65_HS1-834228961_62-HQ-83894_Section_9
Agency: FBI
Page 146
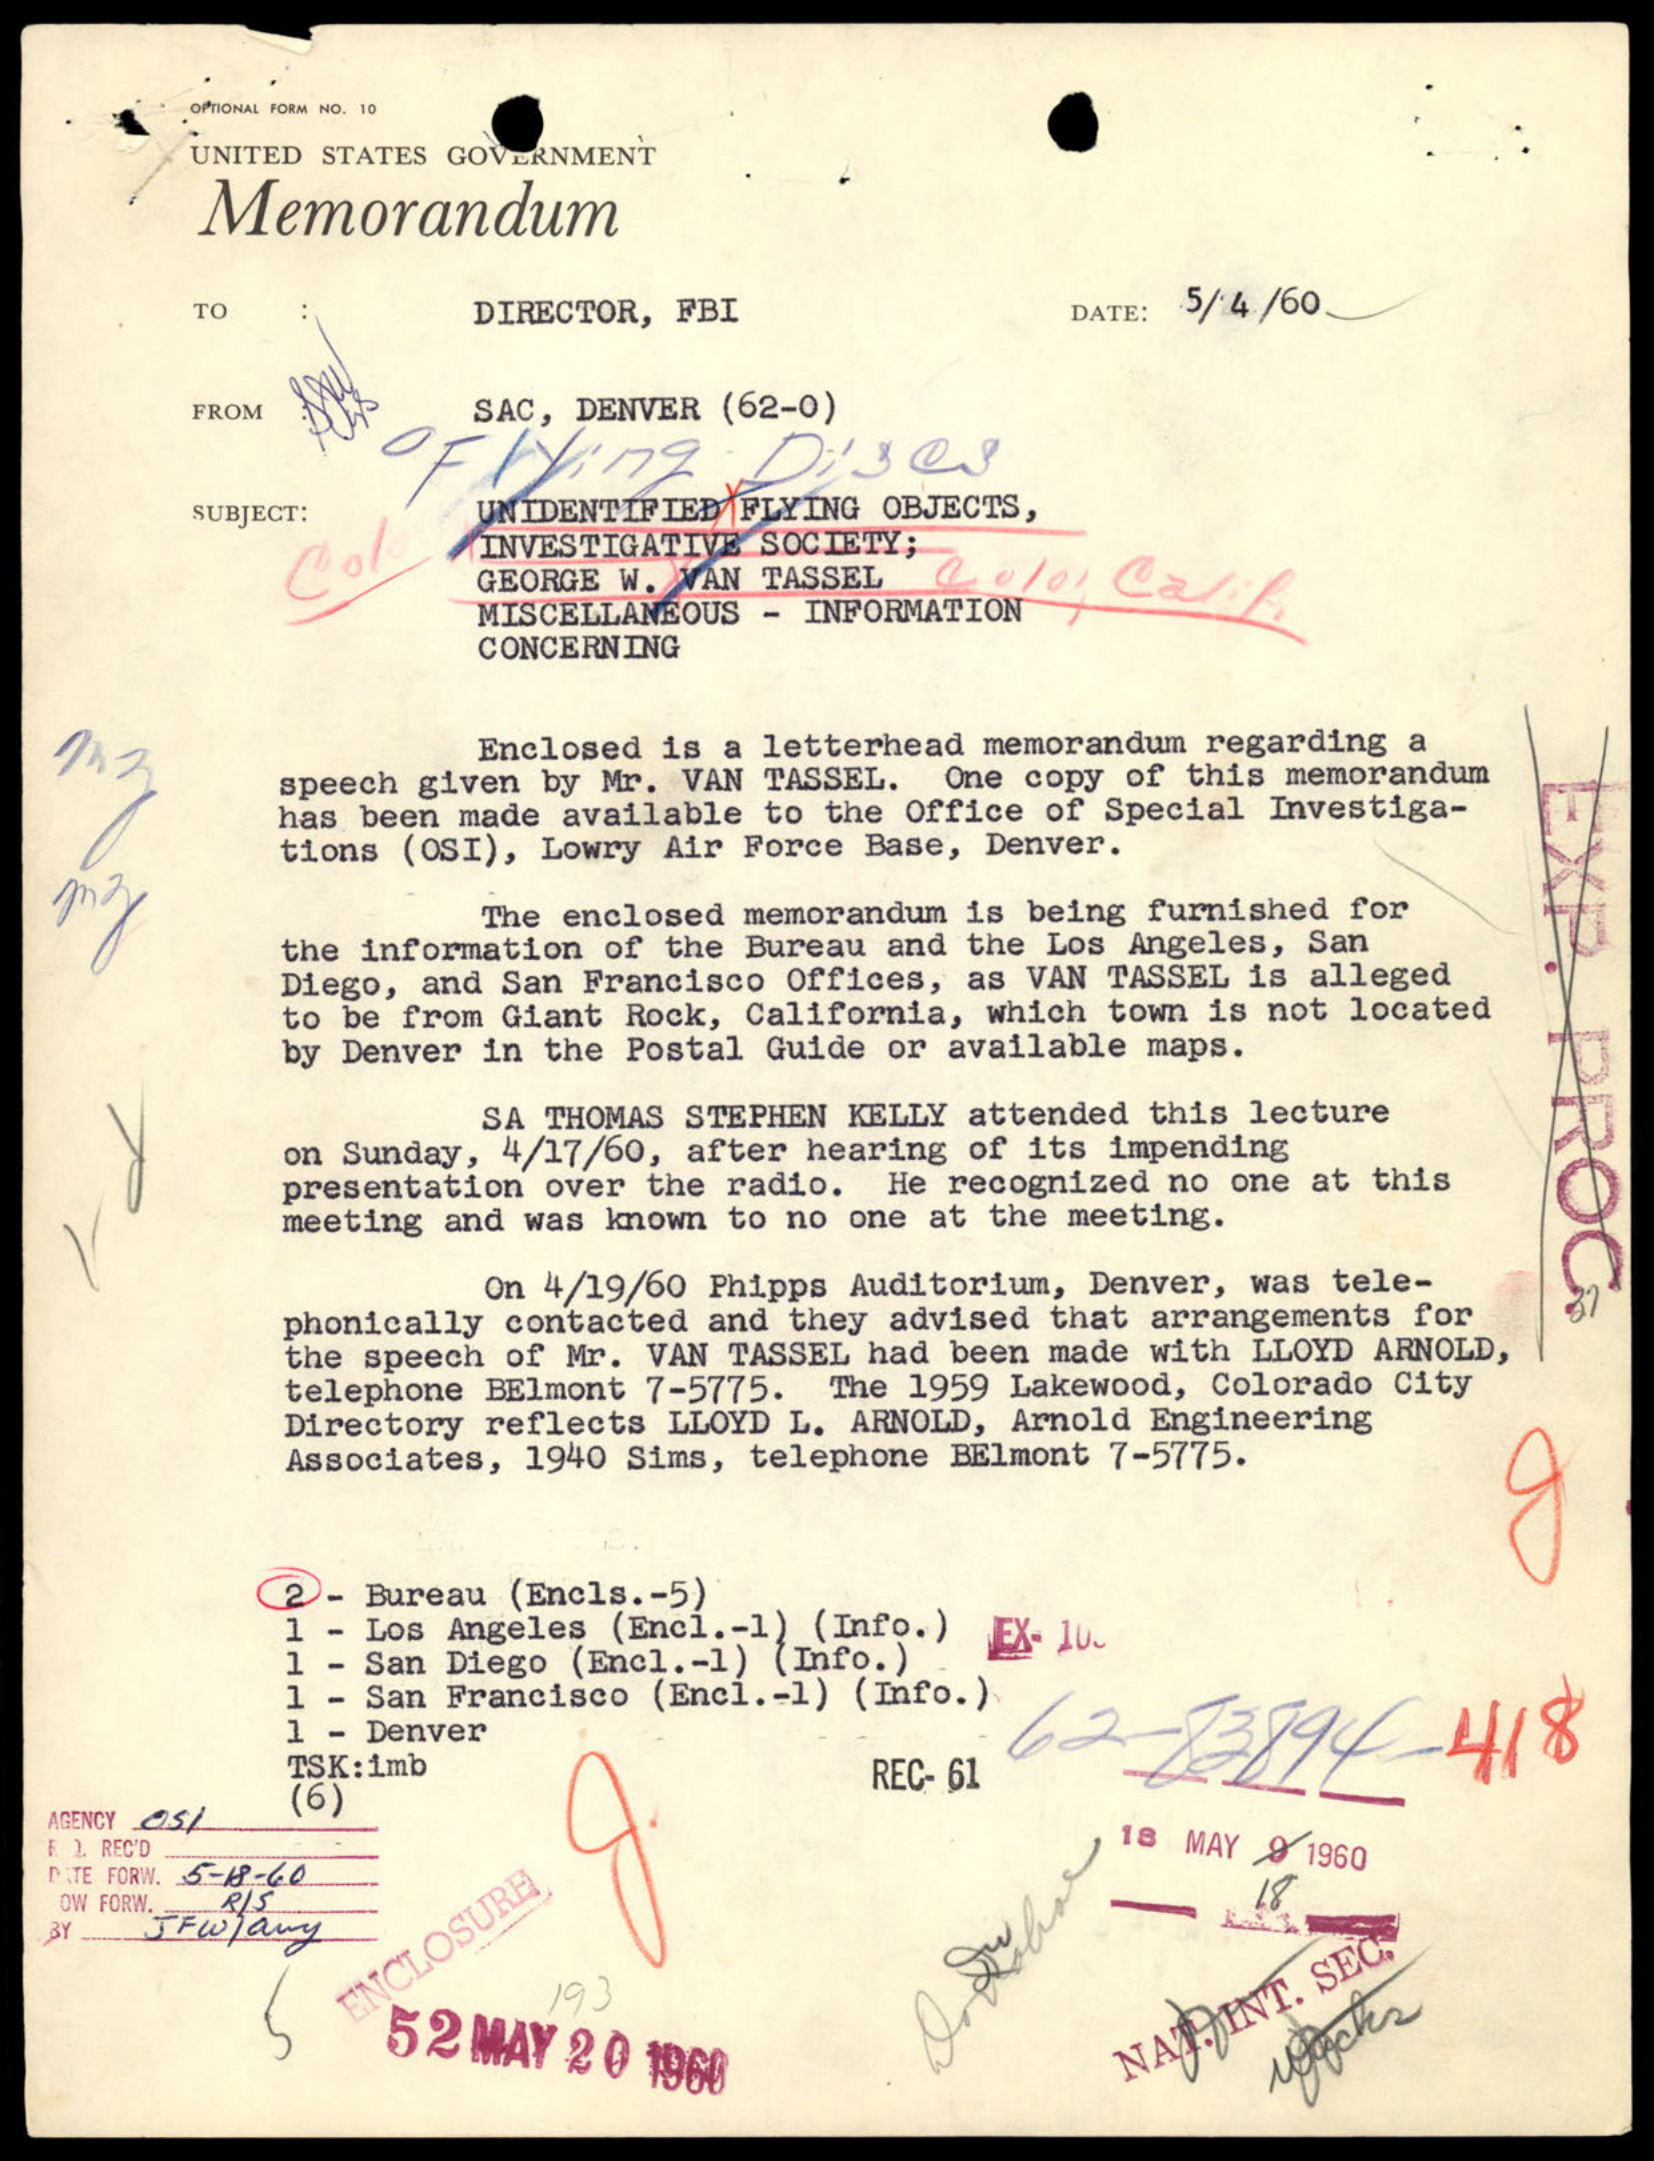